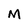
Character: M